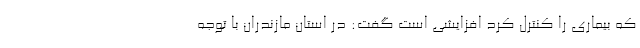
که بیماری را کنترل کرد افزایشی است گفت: در استان مازندران با توجه